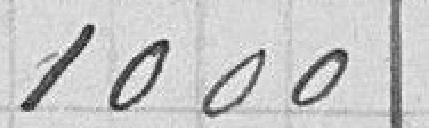
1000